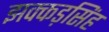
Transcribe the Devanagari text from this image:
झक्कड़सिंह